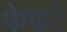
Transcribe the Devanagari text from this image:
फेफरे